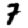
Digit: 7